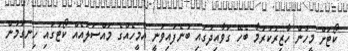
ކޯޓަށް މީހުން ހާޒިރުކުރުމާ ބެހޭ ގަވާއިދުގައި ބުނެފައިވަނީ އެމީހެއްގެ މައްސަލައެއް ކޯޓުގައި ހިނގަމުން